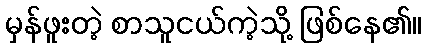
မှန်ဖူးတဲ့ စာသူငယ်ကဲ့သို့ ဖြစ်နေ၏။